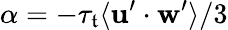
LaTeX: \alpha=-\tau_{\mathfrak{t}}\langle\mathbf{{u}}^{\prime}\cdot\mathbf{{w}}^{\prime}\rangle/3